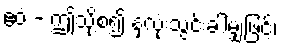
ဧဝံ - ဤသို့စ၍ နှလုံးသွင်းခါမျှဖြင့်၊